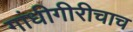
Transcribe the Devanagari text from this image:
गांधीगीरीचाच